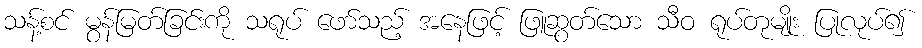
သန့်စင် မွန်မြတ်ခြင်းကို သရုပ် ဖော်သည့် အနေဖြင့် ဖြူဆွတ်သော သီဝ ရုပ်တုမျိုး ပြုလုပ်၍